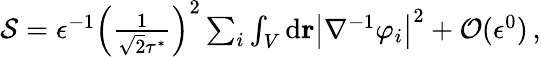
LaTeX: \begin{array}{r}{\mathcal{S}=\epsilon^{-1}\left(\frac{1}{\sqrt{2}\tau^{*}}\right)^{2}\sum_{i}\int_{V}\mathrm{d}\mathbf{r}\big\vert\nabla^{-1}\varphi_{i}\big\vert^{2}+\mathcal{O}(\epsilon^{0})\, ,}\end{array}